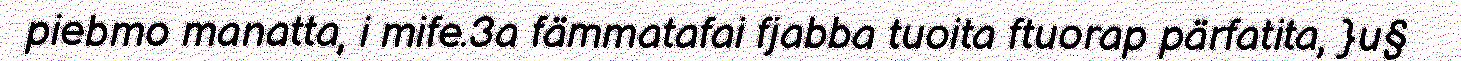
piebmo manatta, i mife.3a fämmatafai fjabba tuoita ftuorap pärfatita, }u§